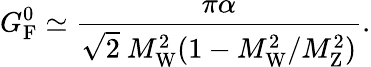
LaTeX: G_{\mathrm{{F}}}^{0}\simeq{\frac{\pi\alpha}{{\sqrt{2}}~M_{\mathrm{{W}}}^{2}(1-M_{\mathrm{{W}}}^{2}/M_{\mathrm{{Z}}}^{2})}}.